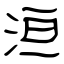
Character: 洹